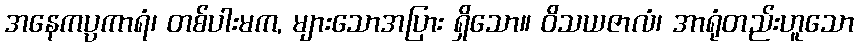
အနေကပ္ပကာရံ၊ တစ်ပါးမက, များသောအပြား ရှိသော။ ဝိသယဇာလံ၊ အာရုံတည်းဟူသော